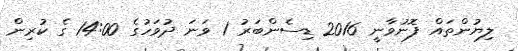
ލިޔުންތައް ފޮނުވާނީ 2016 ޑިސެންބަރު 1 ވަނަ ދުވަހުގެ 14:00 ގެ ކުރިން